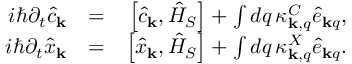
\begin{array} { r l r } { i \hbar \partial _ { t } \hat { c } _ { \bf k } } & { = } & { \left[ \hat { c } _ { \bf k } , \hat { H } _ { S } \right] + \int d q \, \kappa _ { { \bf k } , q } ^ { C } \hat { e } _ { { \bf k } q } , } \\ { i \hbar \partial _ { t } \hat { x } _ { \bf k } } & { = } & { \left[ \hat { x } _ { \bf k } , \hat { H } _ { S } \right] + \int d q \, \kappa _ { { \bf k } , q } ^ { X } \hat { e } _ { { \bf k } q } . } \end{array}